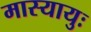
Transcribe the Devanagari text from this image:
मास्यायुः